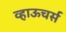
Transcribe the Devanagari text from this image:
व्हाऊचर्स